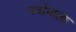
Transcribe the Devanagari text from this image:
पर्यायाला